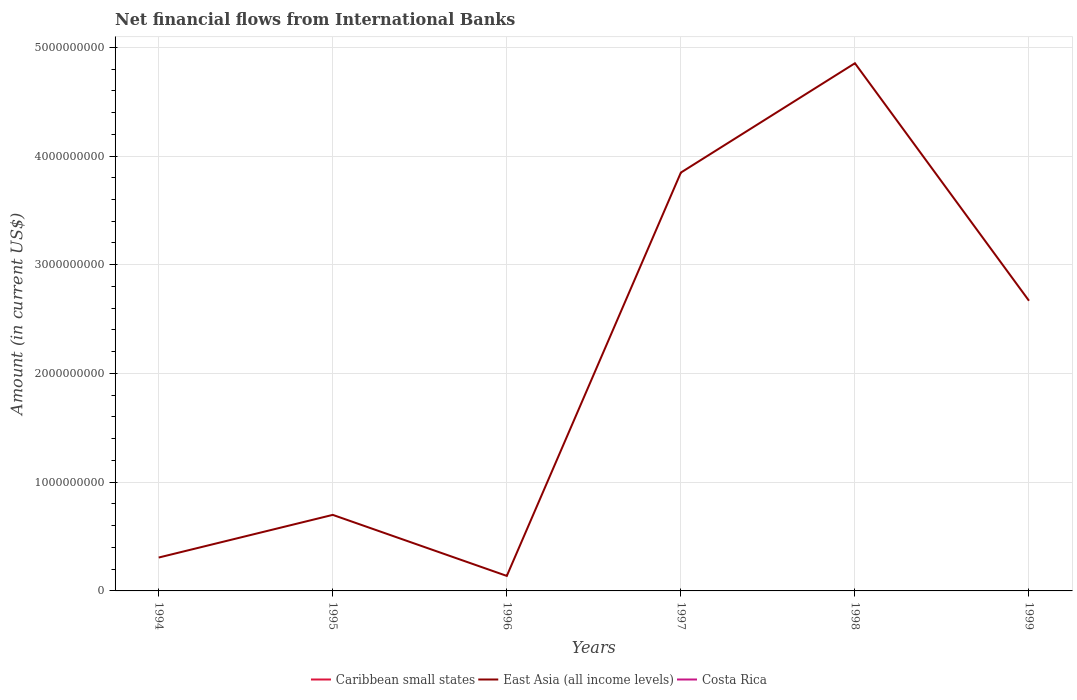
| Years | Caribbean small states | East Asia (all income levels) | Costa Rica |
 | --- | --- | --- | --- |
 | 1994 | -5.33e+07 | 3.07e+08 | -4.54e+07 |
 | 1995 | -1.68e+07 | 6.99e+08 | -3.9e+07 |
 | 1996 | -2.52e+07 | 1.38e+08 | -3.17e+07 |
 | 1997 | -3.65e+07 | 3.85e+09 | -3.42e+07 |
 | 1998 | -3.51e+07 | 4.85e+09 | -2.06e+07 |
 | 1999 | -7.06e+06 | 2.67e+09 | -2.26e+07 |